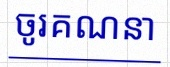
ចូរគណនា